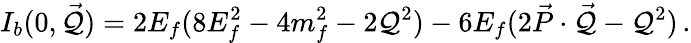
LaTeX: I_{b}(0,\vec{\cal Q})=2E_{f}(8E_{f}^{2}-4m_{f}^{2}-2{\cal Q}^{2})-6E_{f}(2\vec{P}\cdot\vec{\cal Q}-{\cal Q}^{2})\, .